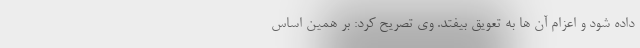
داده شود و اعزام آن ها به تعویق بیفتد. وی تصریح کرد: بر همین اساس